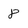
Character: 8